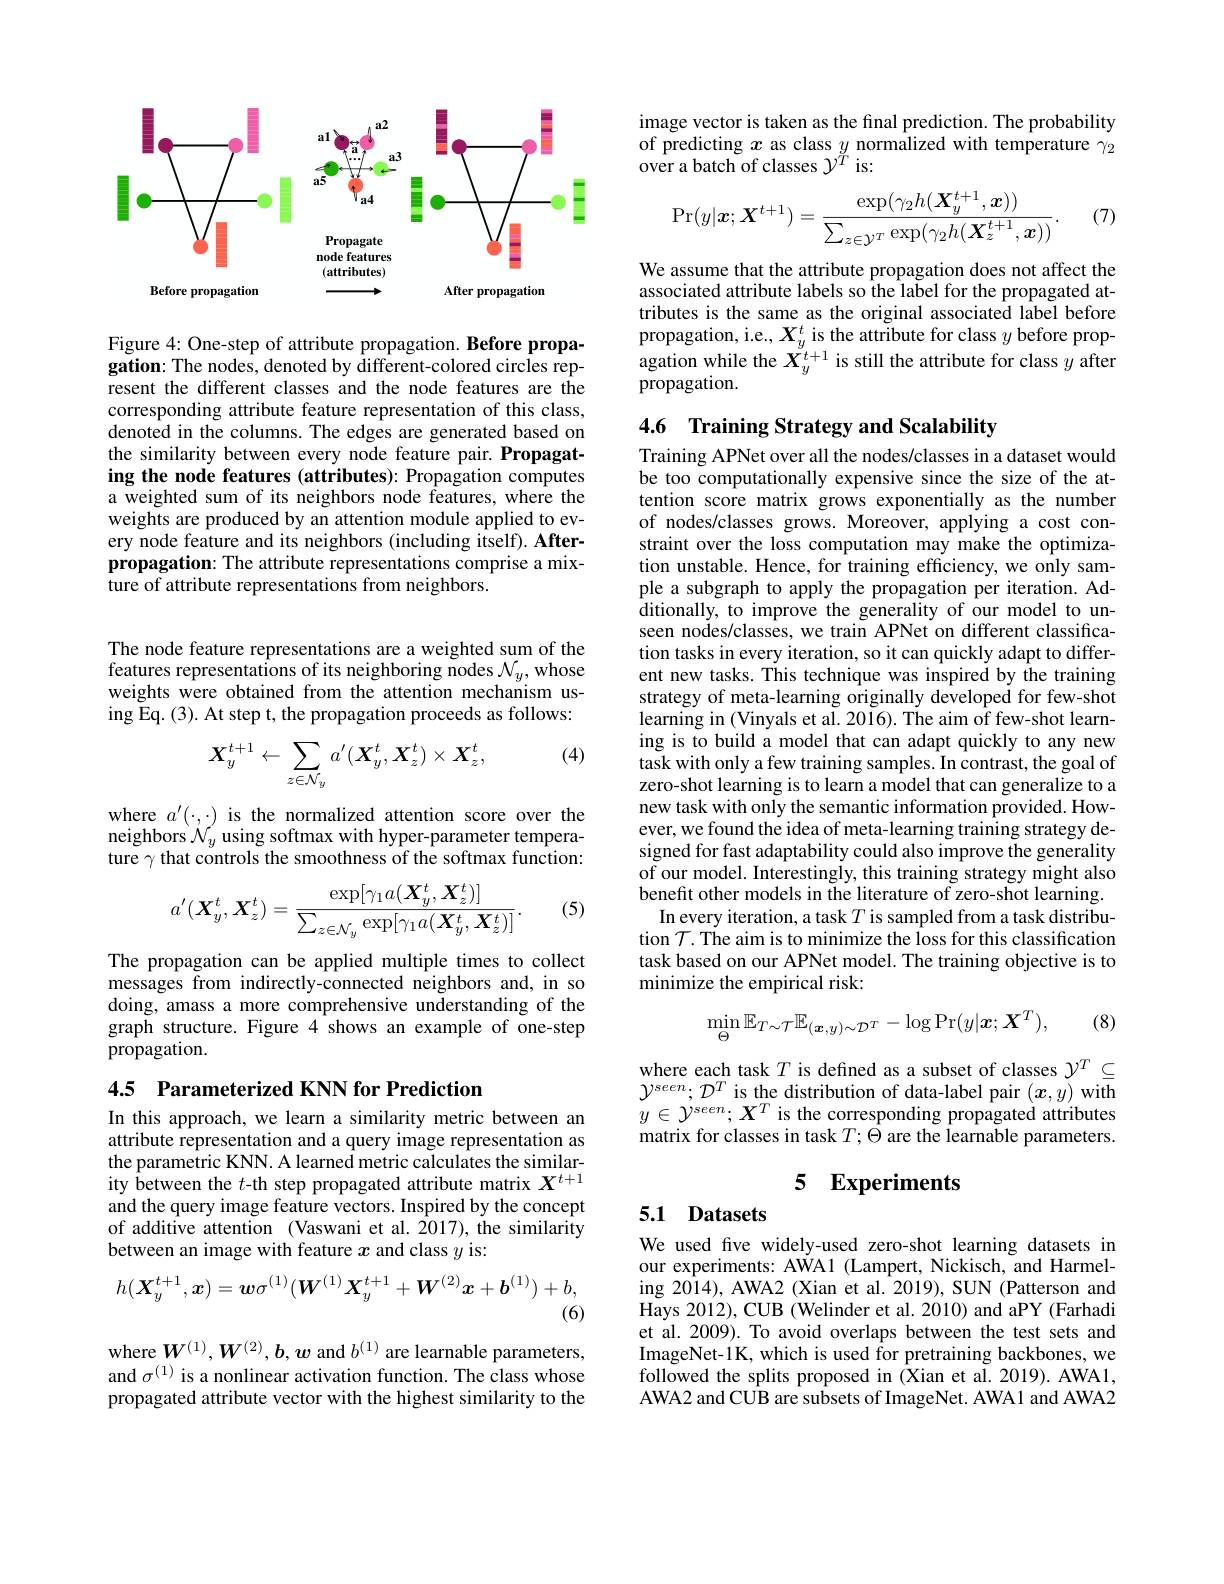
<FigureHere>

Figure 4: One-step of attribute propagation. Before propagation: The nodes, denoted by different-colored circles represent the different classes and the node features are the corresponding attribute feature representation of this class, denoted in the columns. The edges are generated based on the similarity between every node feature pair. Propagating the node features (attributes): Propagation computes a weighted sum of its neighbors node features, where the weights are produced by an attention module applied to every node feature and its neighbors (including itself). Afterpropagation: The attribute representations comprise a mixture of attribute representations from neighbors.

The node feature representations are a weighted sum of the features representations of its neighboring nodes $\mathcal{N}_y$,whose weights were obtained from the attention mechanism using Eq. ( 3) . At step t, the propagation proceeds as follows:

(4)
$$X_{y}^{t+1}\leftarrow\sum_{z\in\mathcal{N}_{y}}a^{\prime}(\boldsymbol{X}_{y}^{t},\boldsymbol{X}_{z}^{t})\times\boldsymbol{X}_{z}^{t},$$
where $a^\prime(\cdot,\cdot)$ is the normalized attention score over the neighbors $\mathcal{N}_y$ using softmax with hyper-parameter temperature $\gamma$ that controls the smoothness of the softmax function:

(5)
$$a'(\boldsymbol{X}_y^t,\boldsymbol{X}_z^t)=\frac{\exp[\gamma_1a(\boldsymbol{X}_y^t,\boldsymbol{X}_z^t)]}{\sum_{z\in\mathcal{N}_y}\exp[\gamma_1a(\boldsymbol{X}_y^t,\boldsymbol{X}_z^t)]}.$$
The propagation can be applied multiple times to collect messages from indirectly-connected neighbors and, in so doing, amass a more comprehensive understanding of the graph structure. Figure 4 shows an example of one-step propagation.

4.5 Parameterized KNN for Prediction

In this approach, we learn a similarity metric between an attribute representation and a query image representation as the parametric KNN. A learned metric calculates the similarity between the $t$-th step propagated attribute matrix $X^t+1$ and the query image feature vectors. Inspired by the concept of additive attention (Vaswani et al. 2017), the similarity between an image with feature $x$ and class $y$ is:
$$h(\boldsymbol{X}_y^{t+1},\boldsymbol{x})=\boldsymbol{w}\sigma^{(1)}(\boldsymbol{W}^{(1)}\boldsymbol{X}_y^{t+1}+\boldsymbol{W}^{(2)}\boldsymbol{x}+\boldsymbol{b}^{(1)})+b,$$
(6)

where $\boldsymbol W^{(1)},\boldsymbol{W}^{(2)},\boldsymbol{b},\boldsymbol{w}$ and $b^{(1)}$ are learnable parameters, and $\sigma^{(1)}$ is a nonlinear activation function. The class whose propagated attribute vector with the highest similarity to the

image vector is taken as the final prediction. The probability of predicting $x$ as class $y$ normalized with temperature $\gamma_2$ over a batch of classes $\gamma^{\tilde{T}}$ is:

(7)
$$\Pr(y|\boldsymbol{x};\boldsymbol{X}^{t+1})=\frac{\exp(\gamma_2h(\boldsymbol{X}_y^{t+1},\boldsymbol{x}))}{\sum_{z\in\mathcal{Y}^T}\exp(\gamma_2h(\boldsymbol{X}_z^{t+1},\boldsymbol{x}))}.$$
We assume that the attribute propagation does not affect the associated attribute labels so the label for the propagated attributes is the same as the original associated label before propagation, i.e., $X_y^t$ is the attribute for class $y$ before propagation while the $X_y^{t+1}$ is still the attribute for class $y$ after propagation.

4.6 Training Strategy and Scalability

Training APNet over all the nodes/classes in a dataset would be too computationally expensive since the size of the attention score matrix grows exponentially as the number of nodes/classes grows. Moreover, applying a cost constraint over the loss computation may make the optimization unstable. Hence, for training efficiency, we only sample a subgraph to apply the propagation per iteration. Additionally, to improve the generality of our model to unseen nodes/classes, we train APNet on different classification tasks in every iteration, so it can quickly adapt to different new tasks. This technique was inspired by the training strategy of meta-learning originally developed for few-shot learning in (Vinyals et al. 2016). The aim of few-shot learning is to build a model that can adapt quickly to any new task with only a few training samples. In contrast, the goal of zero-shot learning is to learn a model that can generalize to a new task with only the semantic information provided. However, we found the idea of meta-learning training strategy designed for fast adaptability could also improve the generality of our model. Interestingly, this training strategy might also benefit other models in the literature of zero-shot learning.
In every iteration, a task $T$ is sampled from a task distribution $\mathcal{T}.$ The aim is to minimize the loss for this classification task based on our APNet model. The training objective is to minimize the empirical risk:
$$\min_{\Theta}\mathbb{E}_{T\sim\mathcal{T}}\mathbb{E}_{(\boldsymbol{x},y)\sim\mathcal{D}^{T}}-\log\Pr(y|\boldsymbol{x};\boldsymbol{X}^{T}),$$
(8)

where each task $T$ is defined as a subset of classes $\mathcal{Y}^T\subseteq$ $\mathcal{Y}^{seen};\mathcal{D}^T$ is the distribution of data-label pair $(\boldsymbol x,y)$ with $y\in\mathcal{Y}^{seen};\boldsymbol{X}^{T}$ is the corresponding propagated attributes matrix for classes in task $T;\bar{\Theta}$ are the learnable parameters.

# 5 Experiments

# 5.1 Datasets

We used five widely-used zero-shot learning datasets in our experiments: AWA1 (Lampert, Nickisch, and Harmeling 2014), AWA2 (Xian et al. 2019), SUN (Patterson and Hays 2012), CUB (Welinder et al. 2010) and aPY (Farhadi et al. 2009). To avoid overlaps between the test sets and ImageNet-1K, which is used for pretraining backbones, we followed the splits proposed in (Xian et al. 2019). AWA1, AWA2 and CUB are subsets of ImageNet. AWA1 and AWA2